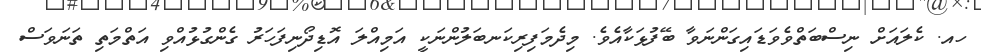
ހއ. ކެލައަށް ނިސްބަތްވެވަޑައިގަންނަވާ ބޭފުޅަކާއެވެ. މިދެމަފިރިކަނބަލުންނަކީ އަމިއްލަ އޮޑިދޯނިފަހަރު ގެންގުޅުއްވި އަތްމަތި ތަނަވަސް